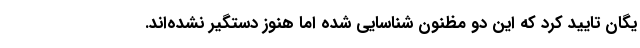
یگان تایید کرد که این دو مظنون شناسایی شده اما هنوز دستگیر نشده‌اند.